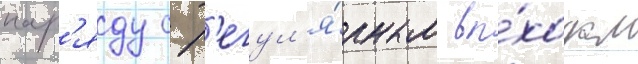
нар'яду с р'егул'я́рным вы́ходом